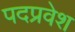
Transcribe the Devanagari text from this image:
पदप्रवेश